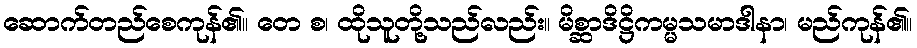
ဆောက်တည်စေကုန်၏။ တေ စ၊ ထိုသူတို့သည်လည်း။ မိစ္ဆာဒိဋ္ဌိကမ္မသမာဒါနာ၊ မည်ကုန်၏။